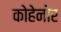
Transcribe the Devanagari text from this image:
कोहेनोर